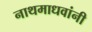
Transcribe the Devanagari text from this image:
नाथमाधवांनी